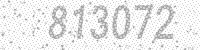
Solution: 813072